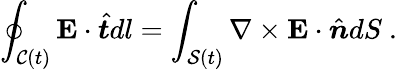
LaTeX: \oint_{\mathcal{C}(t)}\mathbf{E}\cdot\hat{\boldsymbol{t}}dl=\int_{\mathcal{S}(t)}\mathbf{\nabla}\times\mathbf{E}\cdot\hat{\boldsymbol{n}}dS~.